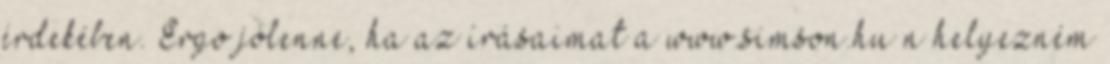
érdekében. Ergo jólenne, ha az írásaimat a www.simson.hun helyezném